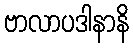
ဗာလာပဒါနာနိ